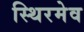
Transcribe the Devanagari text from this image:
स्थिरमेव